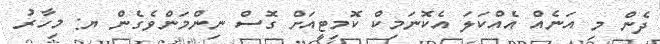
ދެން މި އަނެއް އެއްކަލަ އެކޮނަމިކް ކޮމިޓީއަށް ގޮސް ނިންމަންވެގެން ޔ: މިހާރު